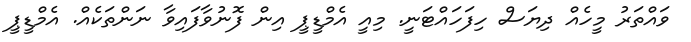
ވައްތަރު މީހެއް ދިޔަސް ހިފަހައްޓަނީ. މިއީ އެމްޑީޕީ އިން ފޮނުވާފައިވާ ނަންތަކެއް. އެމްޑީޕީ